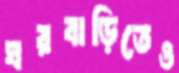
ঘরবাড়িতেও